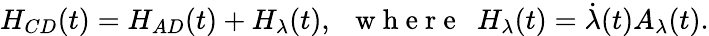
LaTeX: {H_{CD}(t)}=H_{AD}(t)+H_{\lambda}(t),~~\mathrm{~w~h~e~r~e~}~~H_{\lambda}(t)=\dot{\lambda}(t)A_{\lambda}(t).